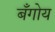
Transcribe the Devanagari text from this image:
बँगोय